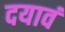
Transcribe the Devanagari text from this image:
दयावं